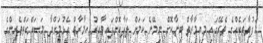
ހަފުތާތަކެއްގެ ތެރޭގައި މިއިމާރާތް ބިނާކޮށް ނިމޭނެ ކަމަށް ލަފާކޮށްފައިވާއިރު އިމާރާތް އެޅުމަށްދާ މަސައްކަތްތެރިންގެ